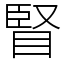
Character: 䁂